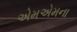
એમએમના